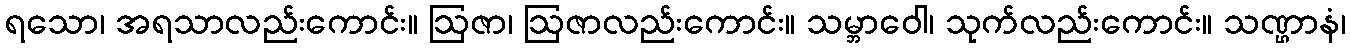
ရသော၊ အရသာလည်းကောင်း။ ဩဇာ၊ ဩဇာလည်းကောင်း။ သမ္ဘာဝေါ၊ သုက်လည်းကောင်း။ သဏ္ဌာနံ၊